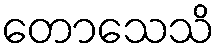
တောသေသိ